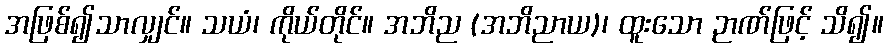
အဖြစ်၍သာလျှင်။ သယံ၊ ကိုယ်တိုင်။ အဘိည (အဘိညာယ)၊ ထူးသော ဉာဏ်ဖြင့် သိ၍။